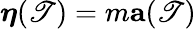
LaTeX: {\boldsymbol{\eta}}(\mathscr{T})=m\mathbf{{a}}(\mathscr{T})